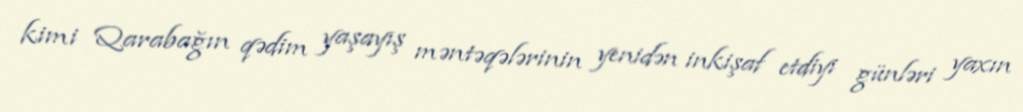
kimi Qarabağın qədim yaşayış məntəqələrinin yenidən inkişaf etdiyi günləri yaxın